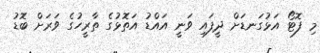
މި ފޮޓޯ އަޅުގަނޑަށް ދީފައި ވަނީ އައްޑު އަތޮޅުގެ ތާރީހުގެ ވަރަށް ބޮޑު